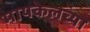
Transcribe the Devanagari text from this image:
मायकेलच्या